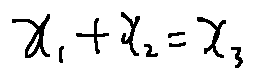
x _ { 1 } + x _ { 2 } = x _ { 3 }